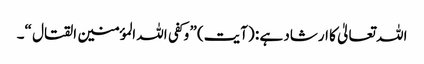
اللہ تعالیٰ کا ارشاد ہے : (آیت) ” وکفی اللہ المؤمنین القتال “۔